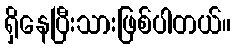
ရှိနေပြီးသားဖြစ်ပါတယ်။